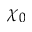
\chi _ { 0 }